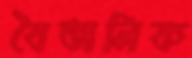
বৈতালিক